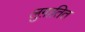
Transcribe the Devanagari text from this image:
लुग़ातित